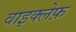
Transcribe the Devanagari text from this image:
वाइक्लेफ़